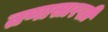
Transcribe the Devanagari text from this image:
तणासारखी